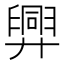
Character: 𢍯